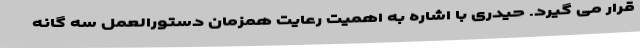
قرار می گیرد. حیدری با اشاره به اهمیت رعایت همزمان دستورالعمل سه گانه